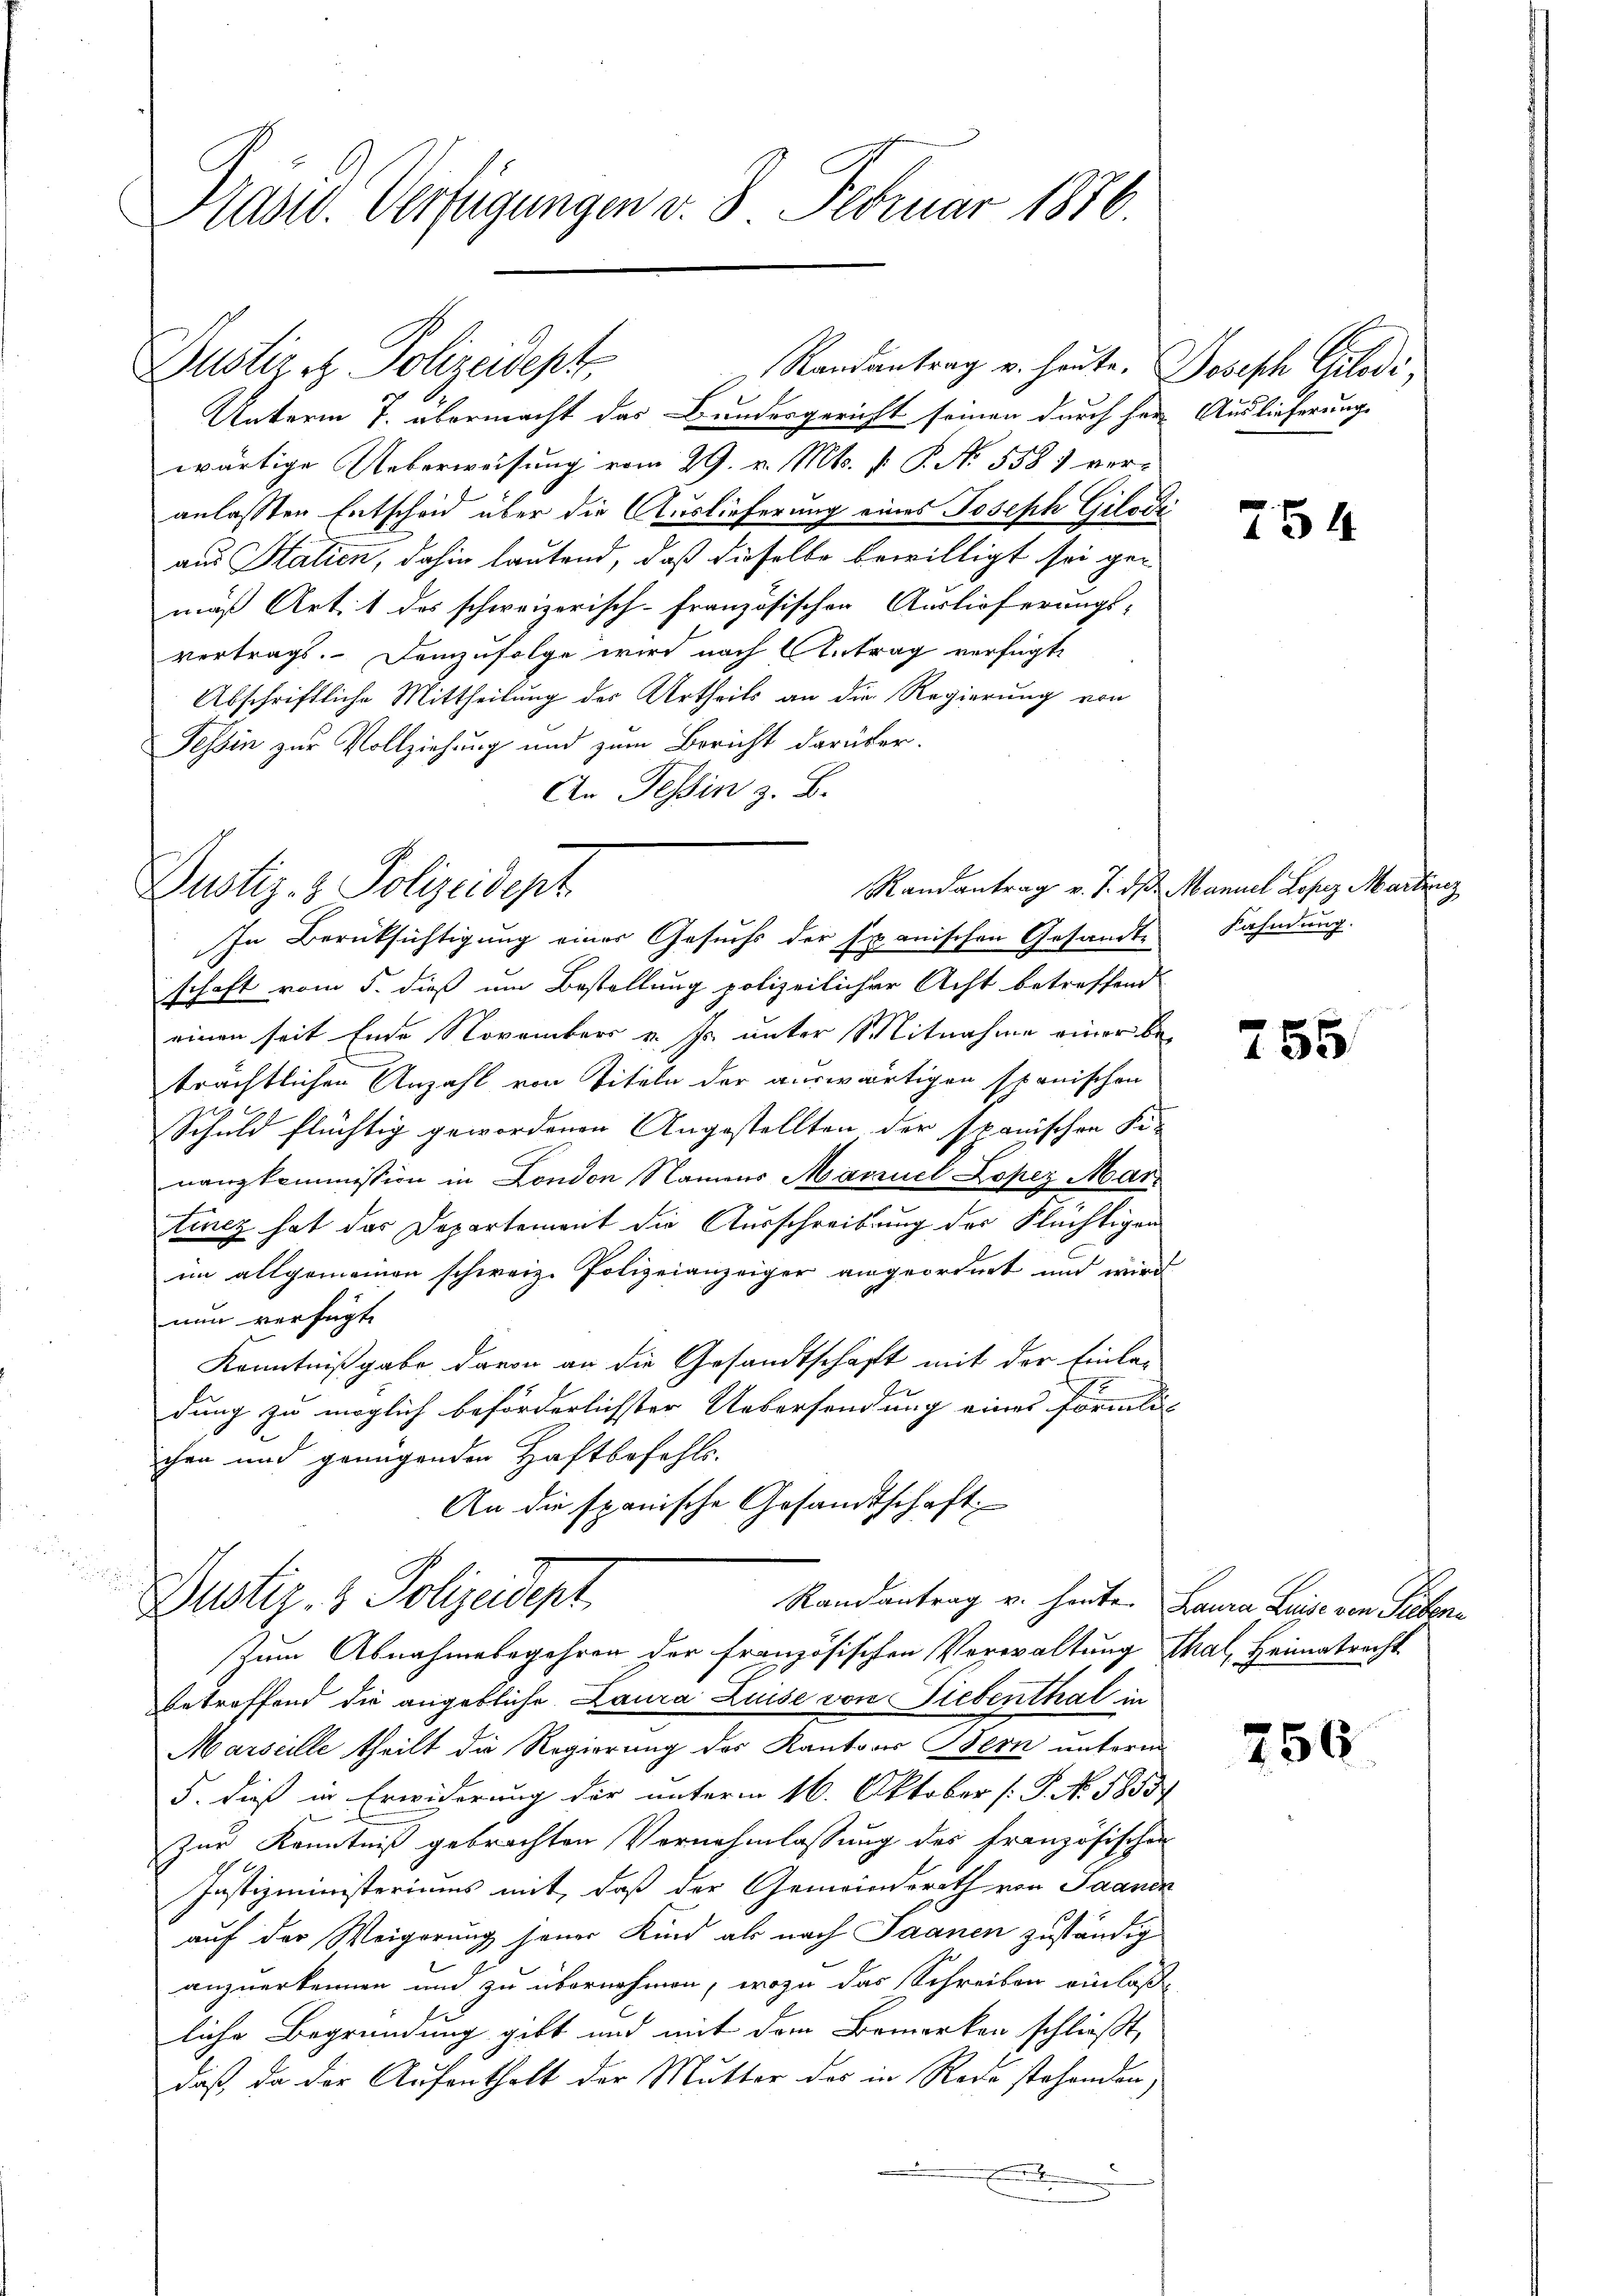
Präsid. Verfügungen v. 8. Februar 1876.

Justiz z. Polizeidept,

Randantrag u. heute. Joseph Gilodi,

Justiz- & Polizeidept
In Berücksichtigung einer Gesuchs der Exanischen Gesandte

Justiz- & Polizeidept
Randantrag v. heute. Laura Luise von Sieben¬
Zum Abnahmebegehren der französischen Verwaltung Thal, Heimatrecht

Unterm 7. übermacht das Bundesgericht seinen durch her Auslieferungs
wärtige Ueberweisung vom 29. v. Mts. v. P. N. 558 1 ver-
anlassten Entscheid über die Auslieferung eines Joseph Gilodi
aus Station, dahin lautend, daß dieselbe bewilligt sei gemäß Art. 1 des schweizerisch-Französischen Auslieferungs-
vertrags. Demzufolge wird nach Antrag verfügte
Abschriftliche Mittheilung des Urtheils an die Regierung von
Tessin zur Vollziehung und zum Bericht darüber.
An Tessin z. B.
schaft vom 5. dieß um Bestellung polizeilicher Acht betreffend
einen seit Ende November v. Js. unter Mitnahme einer beträchtlichen Anzahl von Titeln der auswärtigen spanischen
Schuld flüchtig gewordenen Angestellten der spanischen Fi-
nanzkommission in London Namens Mariel Lopez Mar
tincz hat das Departement die Ausschreibung der Flüchtigen
im allgemeinen schweiz. Polizeianzeiger angeordnet und wird
nun verfügt
Kenntnißgabe davon an die Gesandtschaft mit der Einlag
f
dung zu möglich beförderlichster Uebersendung eines förmli
chen und genügenden Haftbefehls.
An die spanische Gesandtschaft

betreffend die angebliche Laura Luise von Liebenthal in
Marseille theilt die Regierung des Kantons Bern unterm
5. dieß in Erwiderung dir unterm 16. Oktober [P. No. 5853.
Zur Kenntniß gebrachten Vornahmlassung des französischen
Justizministeriums mit, daß der Gemeinderath von Saanen
auf der Weigerung jener Kind als nach Saanen zuständig
anzuerkennen und zu übernehmen, wozu das Schreiben einlaße
liche Begründung gibt und mit dem Bemerken schließt,
daß, da der Aufenthalt der Mutter des in Rede stehenden,
E

754

Randantrag v. J. ds. Manuel Loses Martinz
Kahndung.

755

756